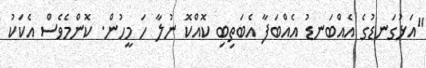
"އަޅުގަނޑުގެ އެއްބަނޑު އެއްބަފާ އެބަތިބި ކޮއްކޮ ނުލާާ ހަ މީހުން. ކޮންމެވެސް އެކަކު